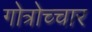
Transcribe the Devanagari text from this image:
गोत्रोच्चार